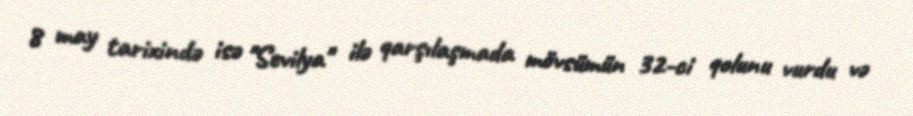
8 may tarixində isə "Sevilya" ilə qarşılaşmada mövsümün 32-ci qolunu vurdu və